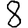
Digit: 8